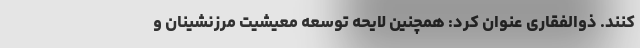
کنند. ذوالفقاری عنوان کرد: همچنین لایحه توسعه معیشیت مرزنشینان و